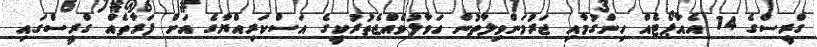
ގްރީސްގެ 14 އެއާޕޯޓެއް ހިންގުމާއި ޖަރުމަންވިލާތުން ހަވާލުވެއްޖެތުރުކީގެ އަސްކަރިއްޔާގެ އަށް ފަރާތެއް ގްރީސްގައި